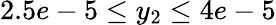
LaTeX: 2.5e-5\leq y_{2}\leq 4e-5